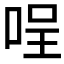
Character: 𠴔